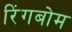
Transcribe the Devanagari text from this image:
रिंगबोम